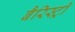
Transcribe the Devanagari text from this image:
बैरिस्ट्री